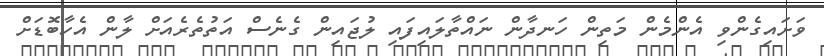
ވަށައިގެންވި އެންމެން މަތިން ހަނދާން ނައްތާލައިފައި ލުޖައިން ގެނެސް އަތުތެރެއަށް ލާން އެހާބޮޑަށް